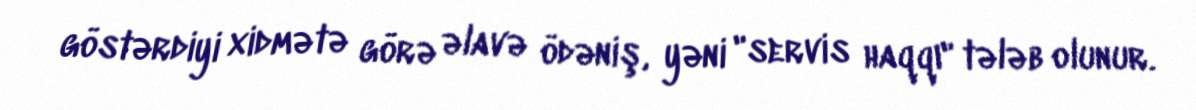
göstərdiyi xidmətə görə əlavə ödəniş, yəni "servis haqqı" tələb olunur.